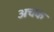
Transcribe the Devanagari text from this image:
अचक